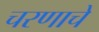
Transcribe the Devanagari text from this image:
चरणाचे